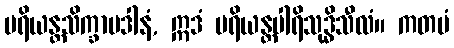
ပရိယန္တသိက္ခာပဒါနံ, ဣဒံ ပရိယန္တပါရိသုဒ္ဓိသီလံ။ ကတမံ